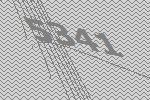
5341